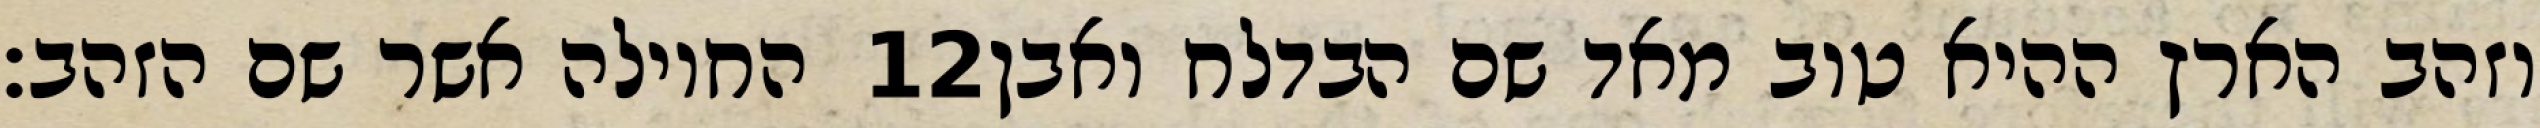
החוילה אשר שם הזהב׃ ‎12‏ וזהב הארץ ההיא טוב מאד שם הבדלח ואבן